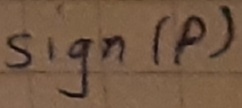
Text: sign(P)